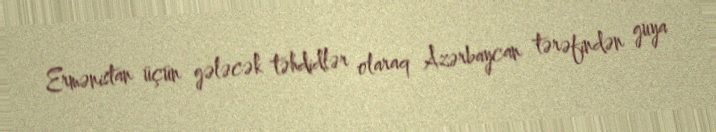
Ermənistan üçün gələcək təhdidlər olaraq Azərbaycan tərəfindən guya